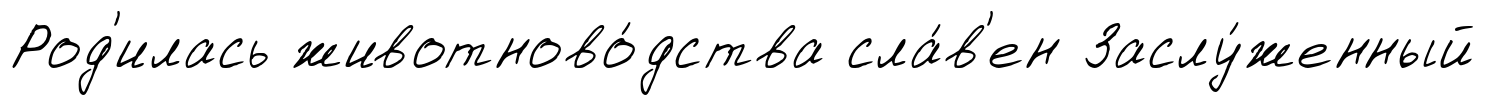
Род'илась животново́дства сла́в'ен Заслу́женный